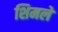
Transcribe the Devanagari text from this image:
शिमले